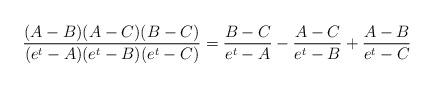
LaTeX: \begin{align*}\frac{(A-B)(A-C)(B-C)}{(e^t-A)(e^t-B)(e^t-C)} = \frac{B-C}{e^t-A} - \frac{A-C}{e^t-B} + \frac{A-B}{e^t-C}\end{align*}